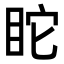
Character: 𥄻